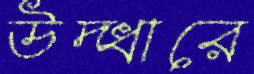
উদ্ধারে